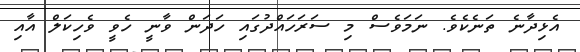
އެޅިދާނެ ތަނެކެވެ. ނަމަވެސް މި ސަރަހައްދުގައި ހަދަން ވާނީ ހެވީ ވެހިކަލް އާއި